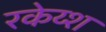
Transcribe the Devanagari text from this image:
रकेय्श